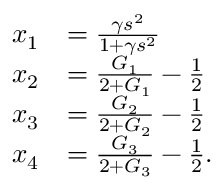
\begin{array} { r l } { x _ { 1 } } & { = \frac { \gamma s ^ { 2 } } { 1 + \gamma s ^ { 2 } } } \\ { x _ { 2 } } & { = \frac { G _ { 1 } } { 2 + G _ { 1 } } - \frac { 1 } { 2 } } \\ { x _ { 3 } } & { = \frac { G _ { 2 } } { 2 + G _ { 2 } } - \frac { 1 } { 2 } } \\ { x _ { 4 } } & { = \frac { G _ { 3 } } { 2 + G _ { 3 } } - \frac { 1 } { 2 } . } \end{array}